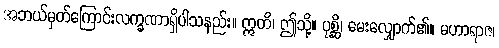
အဘယ်မှတ်ကြောင်းလက္ခဏာရှိပါသနည်း။ ဣတိ၊ ဤသို့။ ပုစ္ဆိ၊ မေးလျှောက်၏။ မဟာရာဇ၊